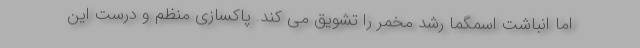
اما انباشت اسمگما رشد مخمر را تشویق می کند. پاکسازی منظم و درست این